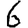
Digit: 6